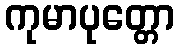
ကုမာပုတ္တော